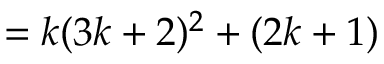
= k ( 3 k + 2 ) ^ { 2 } + ( 2 k + 1 )